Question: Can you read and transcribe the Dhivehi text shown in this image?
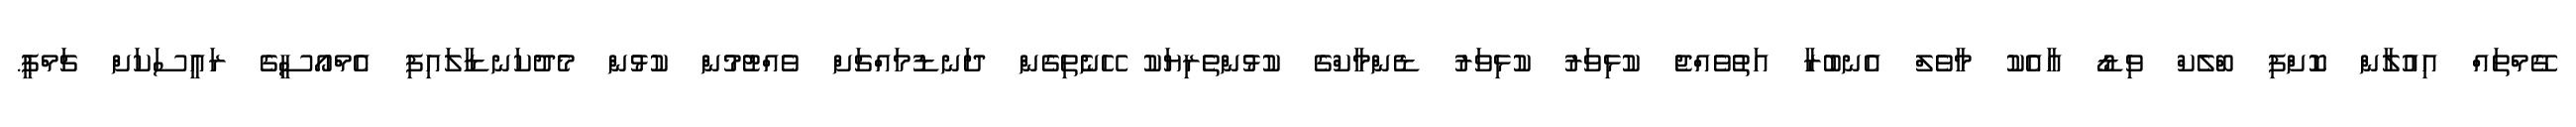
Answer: ގޭމްތައް އިއުލާން ކޮށްފި ބްލެކް ވިޑޯ އާއެކު މާވެލް އެނބުރާ އަތުވެއްޖެ ކުޅިވަރު ކުޅިވަރު ޑެންމާކްގެ ކުޅުންތެރިޔަކު ހޭނެތިގެން ދަނޑުމައްޗަށް ވެއްޓުމުން ކުޅުން މެދުކަނޑާލައިފި އެމްއޯސީގެ ރައީސަކަށް ޗަމްޕީ.